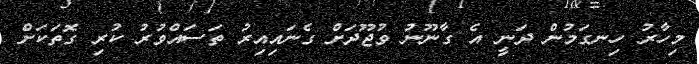
މިހާރު ހިނގަމުން ދަނީ އެ ގާނޫނު ވުޖޫދަށް ގެނައިއިރު ތަސައްވުރު ކުރި ގޮތަކަށް